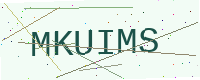
Text: MKUIMS